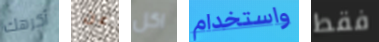
أكرهك عن اكل واستخدام فقط